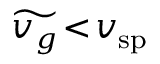
\widetilde { v _ { g } } \! < \! v _ { \mathrm { s p } }